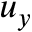
u _ { y }